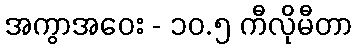
အကွာအဝေး - ၁၀.၅ ကီလိုမီတာ